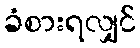
ခံစားရလျှင်